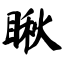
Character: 瞅